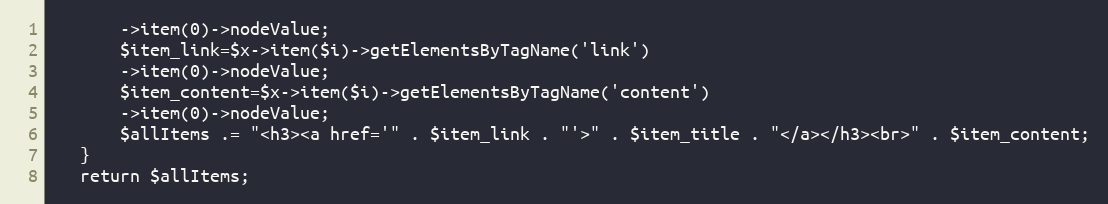
Language: PHP
       ->item(0)->nodeValue;
       $item_link=$x->item($i)->getElementsByTagName('link')
       ->item(0)->nodeValue;
       $item_content=$x->item($i)->getElementsByTagName('content')
       ->item(0)->nodeValue;
       $allItems .= "<h3><a href='" . $item_link . "'>" . $item_title . "</a></h3><br>" . $item_content;
   }
   return $allItems;